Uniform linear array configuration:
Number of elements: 16
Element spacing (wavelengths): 0.5
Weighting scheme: hamming
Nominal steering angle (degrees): -15
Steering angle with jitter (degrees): -15.547
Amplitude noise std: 0.05
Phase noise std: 0.05

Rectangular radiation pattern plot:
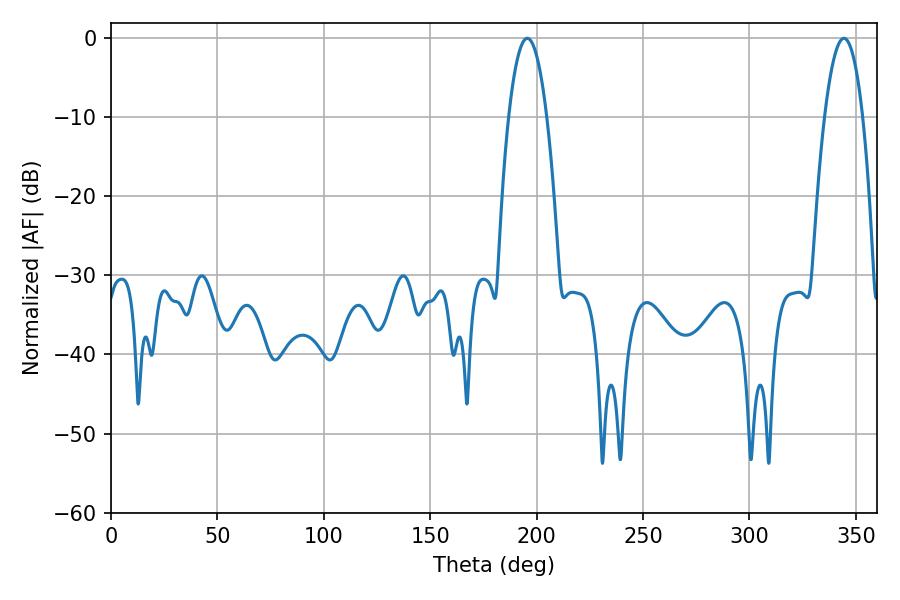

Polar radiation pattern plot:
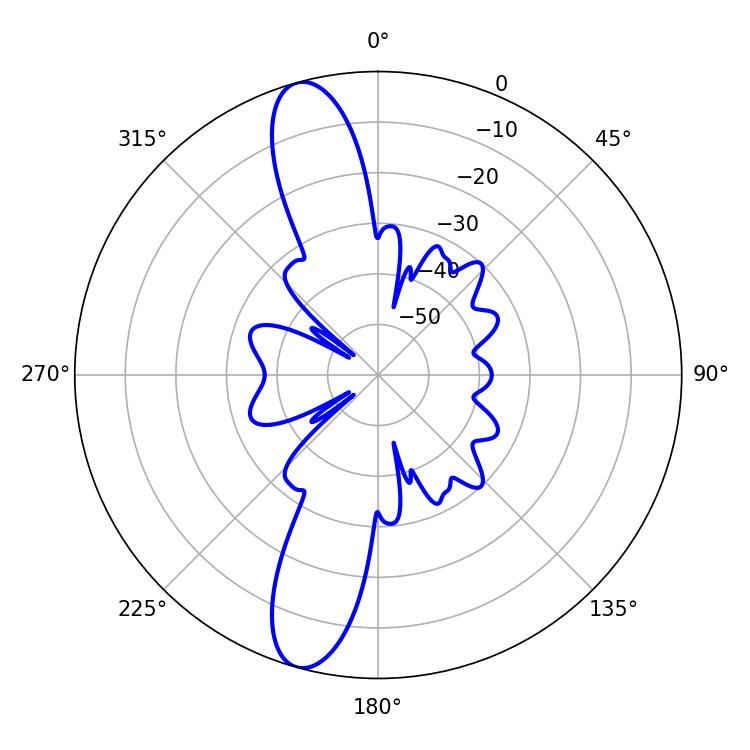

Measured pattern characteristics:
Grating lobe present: FALSE
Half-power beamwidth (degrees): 10.08
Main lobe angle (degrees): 195.66